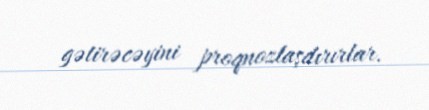
gətirəcəyini proqnozlaşdırırlar.